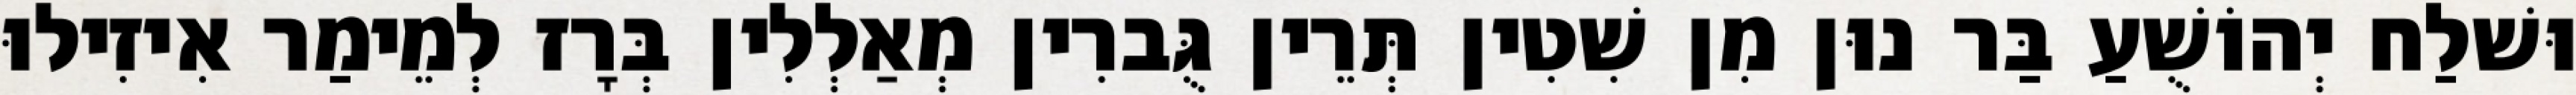
וּשׁלַח יְהוֹשֻׁעַ בַּר נוּן מִן שִׁטִין תְּרֵין גֻּברִין מְאַלְלִין בְּרָז לְמֵימַר אִיזִילוּ